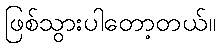
ဖြစ်သွားပါတော့တယ်။